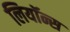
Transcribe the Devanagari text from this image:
लियॉन्स